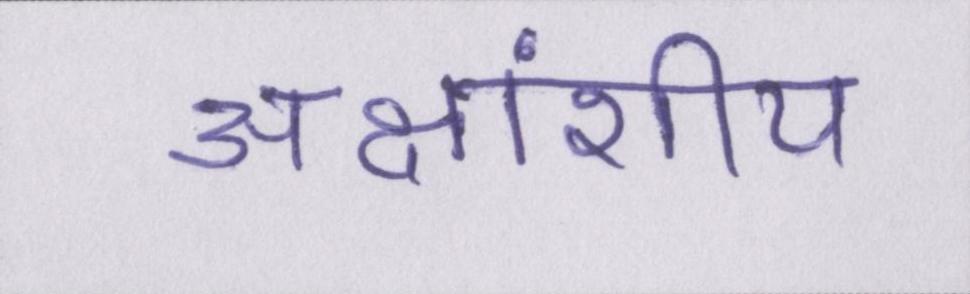
अक्षांशीय